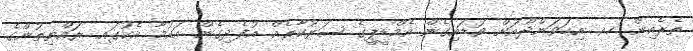
ތެރެއިން ހއ. އިހަވަންދޫއަށް ވަޑައިގެން އެމްޑީޕީގެ ސަރުކާރެއް އުފެދިގެން އައުމާ އެކުގައި ރައްޔިތުންގެ